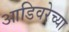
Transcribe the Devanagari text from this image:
आडिवरेच्या